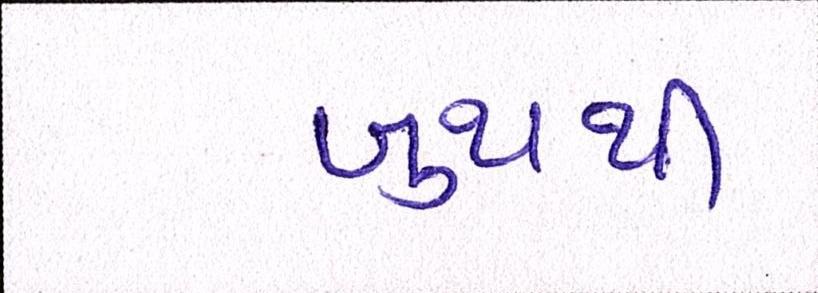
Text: બુથથી